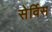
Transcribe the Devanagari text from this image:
सेर्विस